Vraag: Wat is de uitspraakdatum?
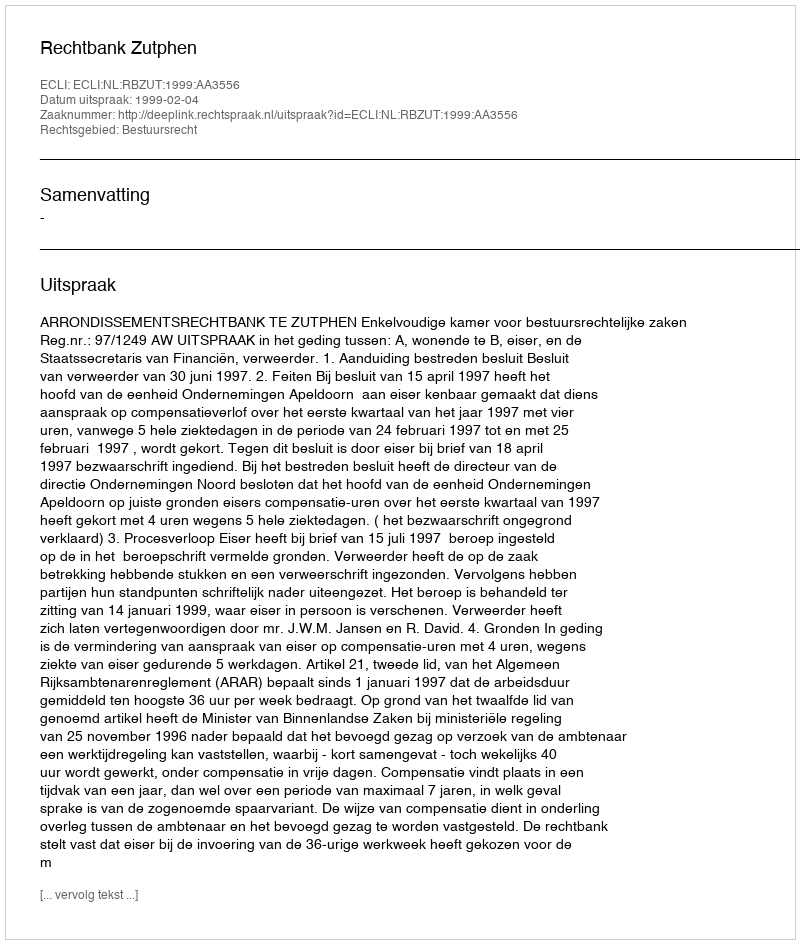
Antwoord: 1999-02-04